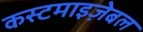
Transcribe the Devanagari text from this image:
कस्टमाइज़ेबल